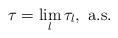
\begin{align*} \tau = \lim_l \tau_l,\textrm{ a.s.}\end{align*}